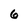
Character: 6